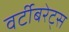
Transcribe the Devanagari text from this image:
वर्टीबरेट्स